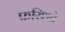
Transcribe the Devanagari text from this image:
फ़रिशते